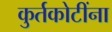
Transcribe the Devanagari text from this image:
कुर्तकोटींना